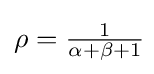
\rho ={\tfrac {1}{\alpha +\beta +1}}\!